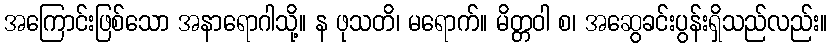
အကြောင်းဖြစ်သော အနာရောဂါသို့။ န ဖုသတိ၊ မရောက်။ မိတ္တဝါ စ၊ အဆွေခင်းပွန်းရှိသည်လည်း။